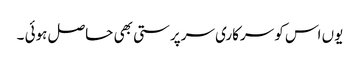
یوں اس کو سرکاری سرپرستی بھی حاصل ہوئی ۔